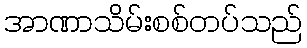
အာဏာသိမ်းစစ်တပ်သည်